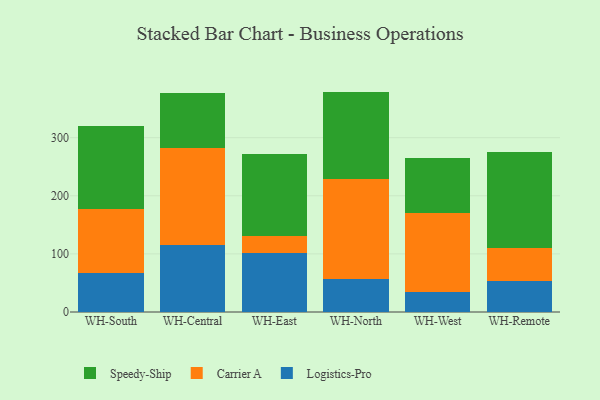
{"axis": {"x": "Warehouse", "y": "Population (Million)"}, "legend": ["Carrier A", "Logistics-Pro", "Speedy-Ship"], "data": [{"x": "WH-South", "y": 66.8, "type": "Logistics-Pro"}, {"x": "WH-South", "y": 110.2, "type": "Carrier A"}, {"x": "WH-South", "y": 142.3, "type": "Speedy-Ship"}, {"x": "WH-Central", "y": 115.3, "type": "Logistics-Pro"}, {"x": "WH-Central", "y": 167.7, "type": "Carrier A"}, {"x": "WH-Central", "y": 94.3, "type": "Speedy-Ship"}, {"x": "WH-East", "y": 101.5, "type": "Logistics-Pro"}, {"x": "WH-East", "y": 29.3, "type": "Carrier A"}, {"x": "WH-East", "y": 141.3, "type": "Speedy-Ship"}, {"x": "WH-North", "y": 57.2, "type": "Logistics-Pro"}, {"x": "WH-North", "y": 171.4, "type": "Carrier A"}, {"x": "WH-North", "y": 150.7, "type": "Speedy-Ship"}, {"x": "WH-West", "y": 34.0, "type": "Logistics-Pro"}, {"x": "WH-West", "y": 137.1, "type": "Carrier A"}, {"x": "WH-West", "y": 94.0, "type": "Speedy-Ship"}, {"x": "WH-Remote", "y": 52.9, "type": "Logistics-Pro"}, {"x": "WH-Remote", "y": 56.8, "type": "Carrier A"}, {"x": "WH-Remote", "y": 166.1, "type": "Speedy-Ship"}]}